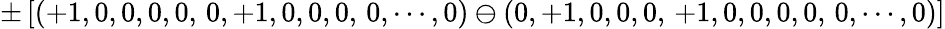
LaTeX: \pm\left[(+1,0,0,0,0,\, 0,+1,0,0,0,\, 0,\cdots,0)\ominus(0,+1,0,0,0,\, +1,0,0,0,0,\, 0,\cdots,0)\right]